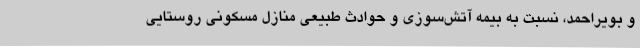
و بویراحمد، نسبت به بیمه آتش‌سوزی و حوادث طبیعی منازل مسکونی روستایی